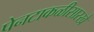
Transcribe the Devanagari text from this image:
पेनटाकळीसारखे